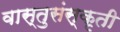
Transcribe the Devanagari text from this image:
वास्तुसंस्कृती